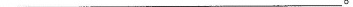
___。